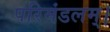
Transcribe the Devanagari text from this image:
परिमंडलम्।